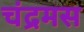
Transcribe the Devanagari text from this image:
चंद्रमस